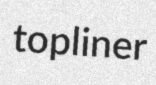
topliner